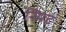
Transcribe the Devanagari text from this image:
स्मिट